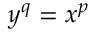
y ^ { q } = x ^ { p }